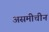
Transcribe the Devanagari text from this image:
असमीचीन